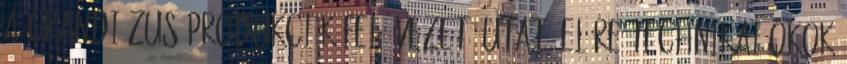
a grandiózus produkciók felé vezető utat. Előre Technikai okok